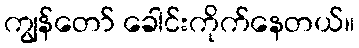
ကျွန်တော် ခေါင်းကိုက်နေတယ်။